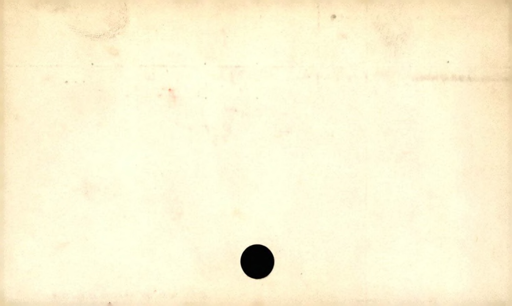
Label: blank